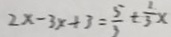
2 x - 3 x + 3 = \frac { 5 } { 3 } \pm \frac { 1 } { 3 } x